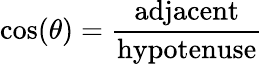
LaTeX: \cos(\theta)={\frac{\textrm{adjacent}}{\textrm{hypotenuse}}}